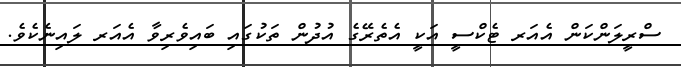
ސްރީލަންކަން އެއަރ ޓެކްސީ އަކީ އެތެރޭގެ އުދުން ތަކުގައި ބައިވެރިވާ އެއަރ ލައިނެކެވެ.